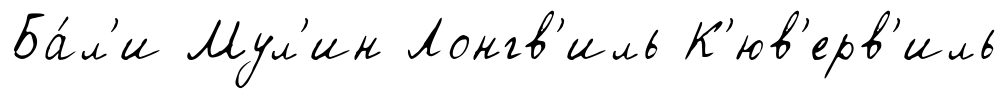
Ба́л'и Мул'ин Лонгв'иль К'юв'ерв'иль